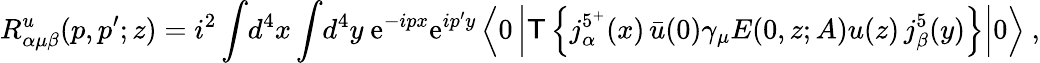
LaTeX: R_{\alpha\mu\beta}^{u}(p,p^{\prime};z)=i^{2}\int\! d^{4}x\int\! d^{4}y\ \mathrm{e}^{-ipx}\mathrm{e}^{ip^{\prime}y}\left\langle0\left|\mathsf{T}\left\{ j_{\alpha}^{5^{+}}(x)\, \bar{{u}}(0)\gamma_{\mu}E(0,z;A)u(z)\, j_{\beta}^{5}(y)\right\} \right|0\right\rangle\ ,